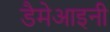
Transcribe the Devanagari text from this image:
डैमेआइनी